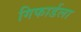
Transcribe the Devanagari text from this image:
गिफार्डला